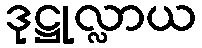
ဒုဋ္ဌုလ္လာယ